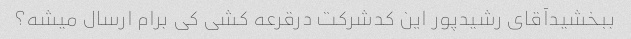
ببخشیدآقای رشیدپور این کدشرکت درقرعه کشی کی برام ارسال میشه؟